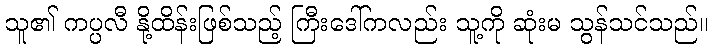
သူ၏ ကပ္ပလီ နို့ထိန်းဖြစ်သည့် ကြီးဒေါ်ကလည်း သူ့ကို ဆုံးမ သွန်သင်သည်။